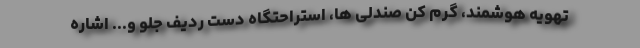
تهویه هوشمند، گرم کن صندلی ها، استراحتگاه دست ردیف جلو و... اشاره